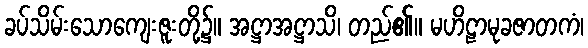
ခပ်သိမ်းသောကျေးဇူးတို့၌။ အဋ္ဌာအဋ္ဌာသိ၊ တည်၏။ မဟိဠာမုခဇာတကံ၊